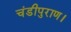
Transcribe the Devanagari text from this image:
चंडीपुराण।